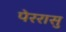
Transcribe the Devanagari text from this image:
पेररासु